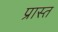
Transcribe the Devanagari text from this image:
प्रास्त